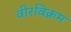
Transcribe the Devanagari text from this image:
वीरबिक्रम